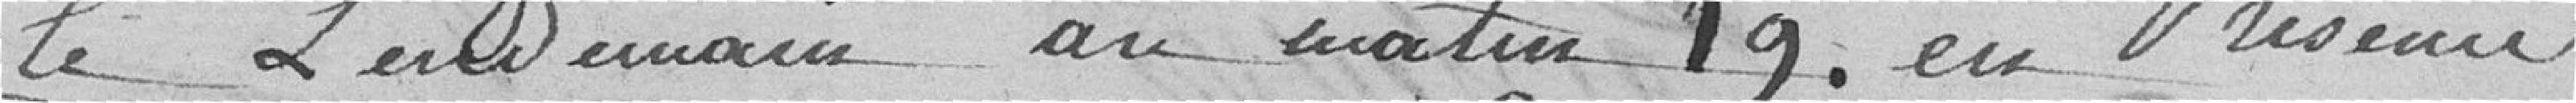
le lendemain au matin 19, en présence